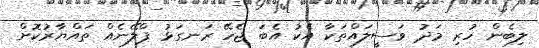
ލިބެން ހުރި މަދު ވަސީލައްތަކާ އެކު އެބަ ޖެހޭ ރަނގަޅު ޕްލޭނެއް ތައްޔާރުކޮށް